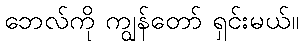
ဘေလ်ကို ကျွန်တော် ရှင်းမယ်။